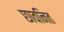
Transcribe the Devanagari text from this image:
छावनित